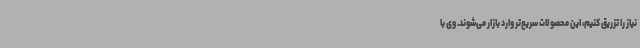
نیاز را تزریق کنیم، این محصولات سریع‌تر وارد بازار می‌شوند. وی با